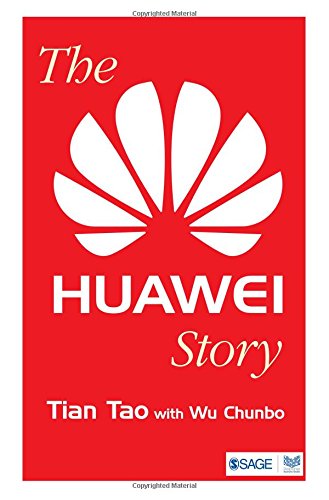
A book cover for The Huawei Story; Tian Tao; Business & Money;